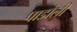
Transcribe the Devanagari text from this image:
पाडोली